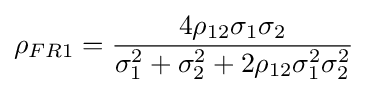
{\rho }_{FR1}={\frac {4{\rho }_{12}{\sigma }_{1}{\sigma }_{2}}{{\sigma }_{1}^{2}+{\sigma }_{2}^{2}+2{\rho }_{12}{\sigma }_{1}^{2}{\sigma }_{2}^{2}}}